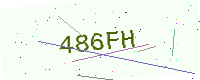
Text: 486FH